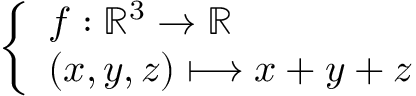
\left\{ \begin{array} { l l } { f : \mathbb { R } ^ { 3 } \to \mathbb { R } } \\ { ( x , y , z ) \longmapsto x + y + z } \end{array} \right.